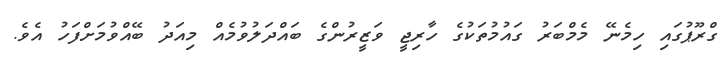
ގްރޫޕުގައި ހިމެނޭ މެމްބަރު ގައުމުތަކުގެ ހާރިޖީ ވަޒީރުންގެ ބައްދަލުވުމެއް މިއަދު ބޭއްވުމަށްފަހު އެވެ.